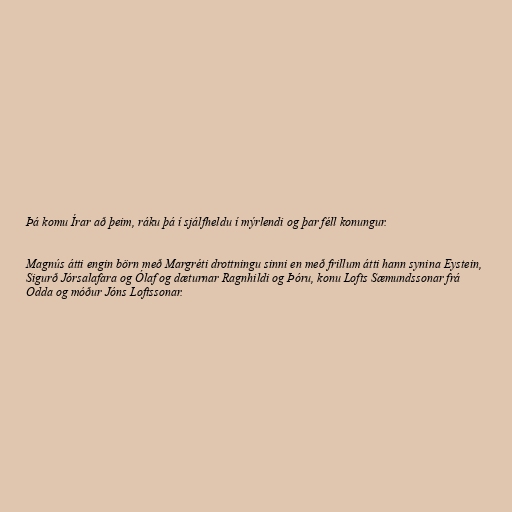
Þá komu Írar að þeim, ráku þá í sjálfheldu í mýrlendi og þar féll konungur.

Magnús átti engin börn með Margréti drottningu sinni en með frillum átti hann synina Eystein,
Sigurð Jórsalafara og Ólaf og dæturnar Ragnhildi og Þóru, konu Lofts Sæmundssonar frá
Odda og móður Jóns Loftssonar.